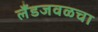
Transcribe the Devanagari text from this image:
लँडजवळचा